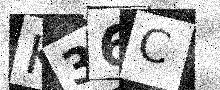
Text: K36C